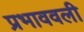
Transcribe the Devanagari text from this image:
प्रभाववली